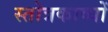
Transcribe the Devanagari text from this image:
स्तोत्रकाव्यों